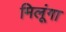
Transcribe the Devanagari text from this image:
मिलूंगा